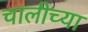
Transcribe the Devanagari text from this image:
चालीच्या